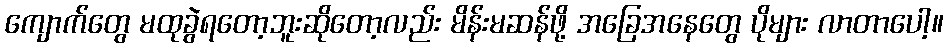
ကျောက်တွေ မထုခွဲရတော့ဘူးဆိုတော့လည်း မိန်းမဆန်ဖို့ အခြေအနေတွေ ပိုများ လာတာပေါ့။